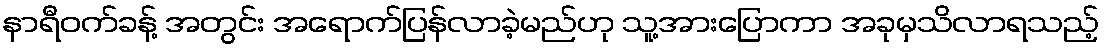
နာရီဝက်ခန့် အတွင်း အရောက်ပြန်လာခဲ့မည်ဟု သူ့အားပြောကာ အခုမှသိလာရသည့်